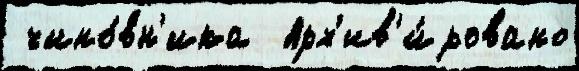
 чино́вн'ика  Арх'ив'и́ровано